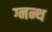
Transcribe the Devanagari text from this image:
ग्नन्थ